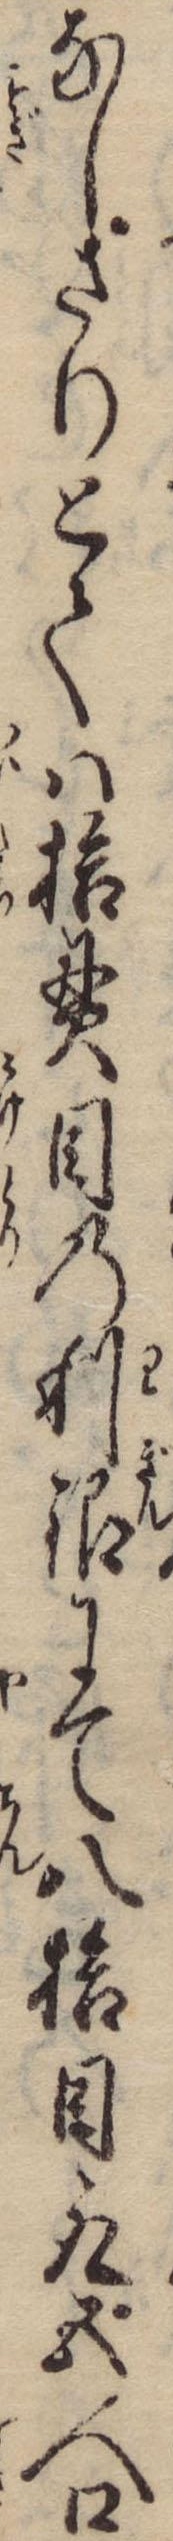
なしさりとては拾貫目の利銀にて八拾目取五人口